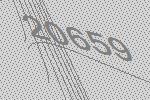
20659